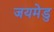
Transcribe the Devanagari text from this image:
जयमेडु